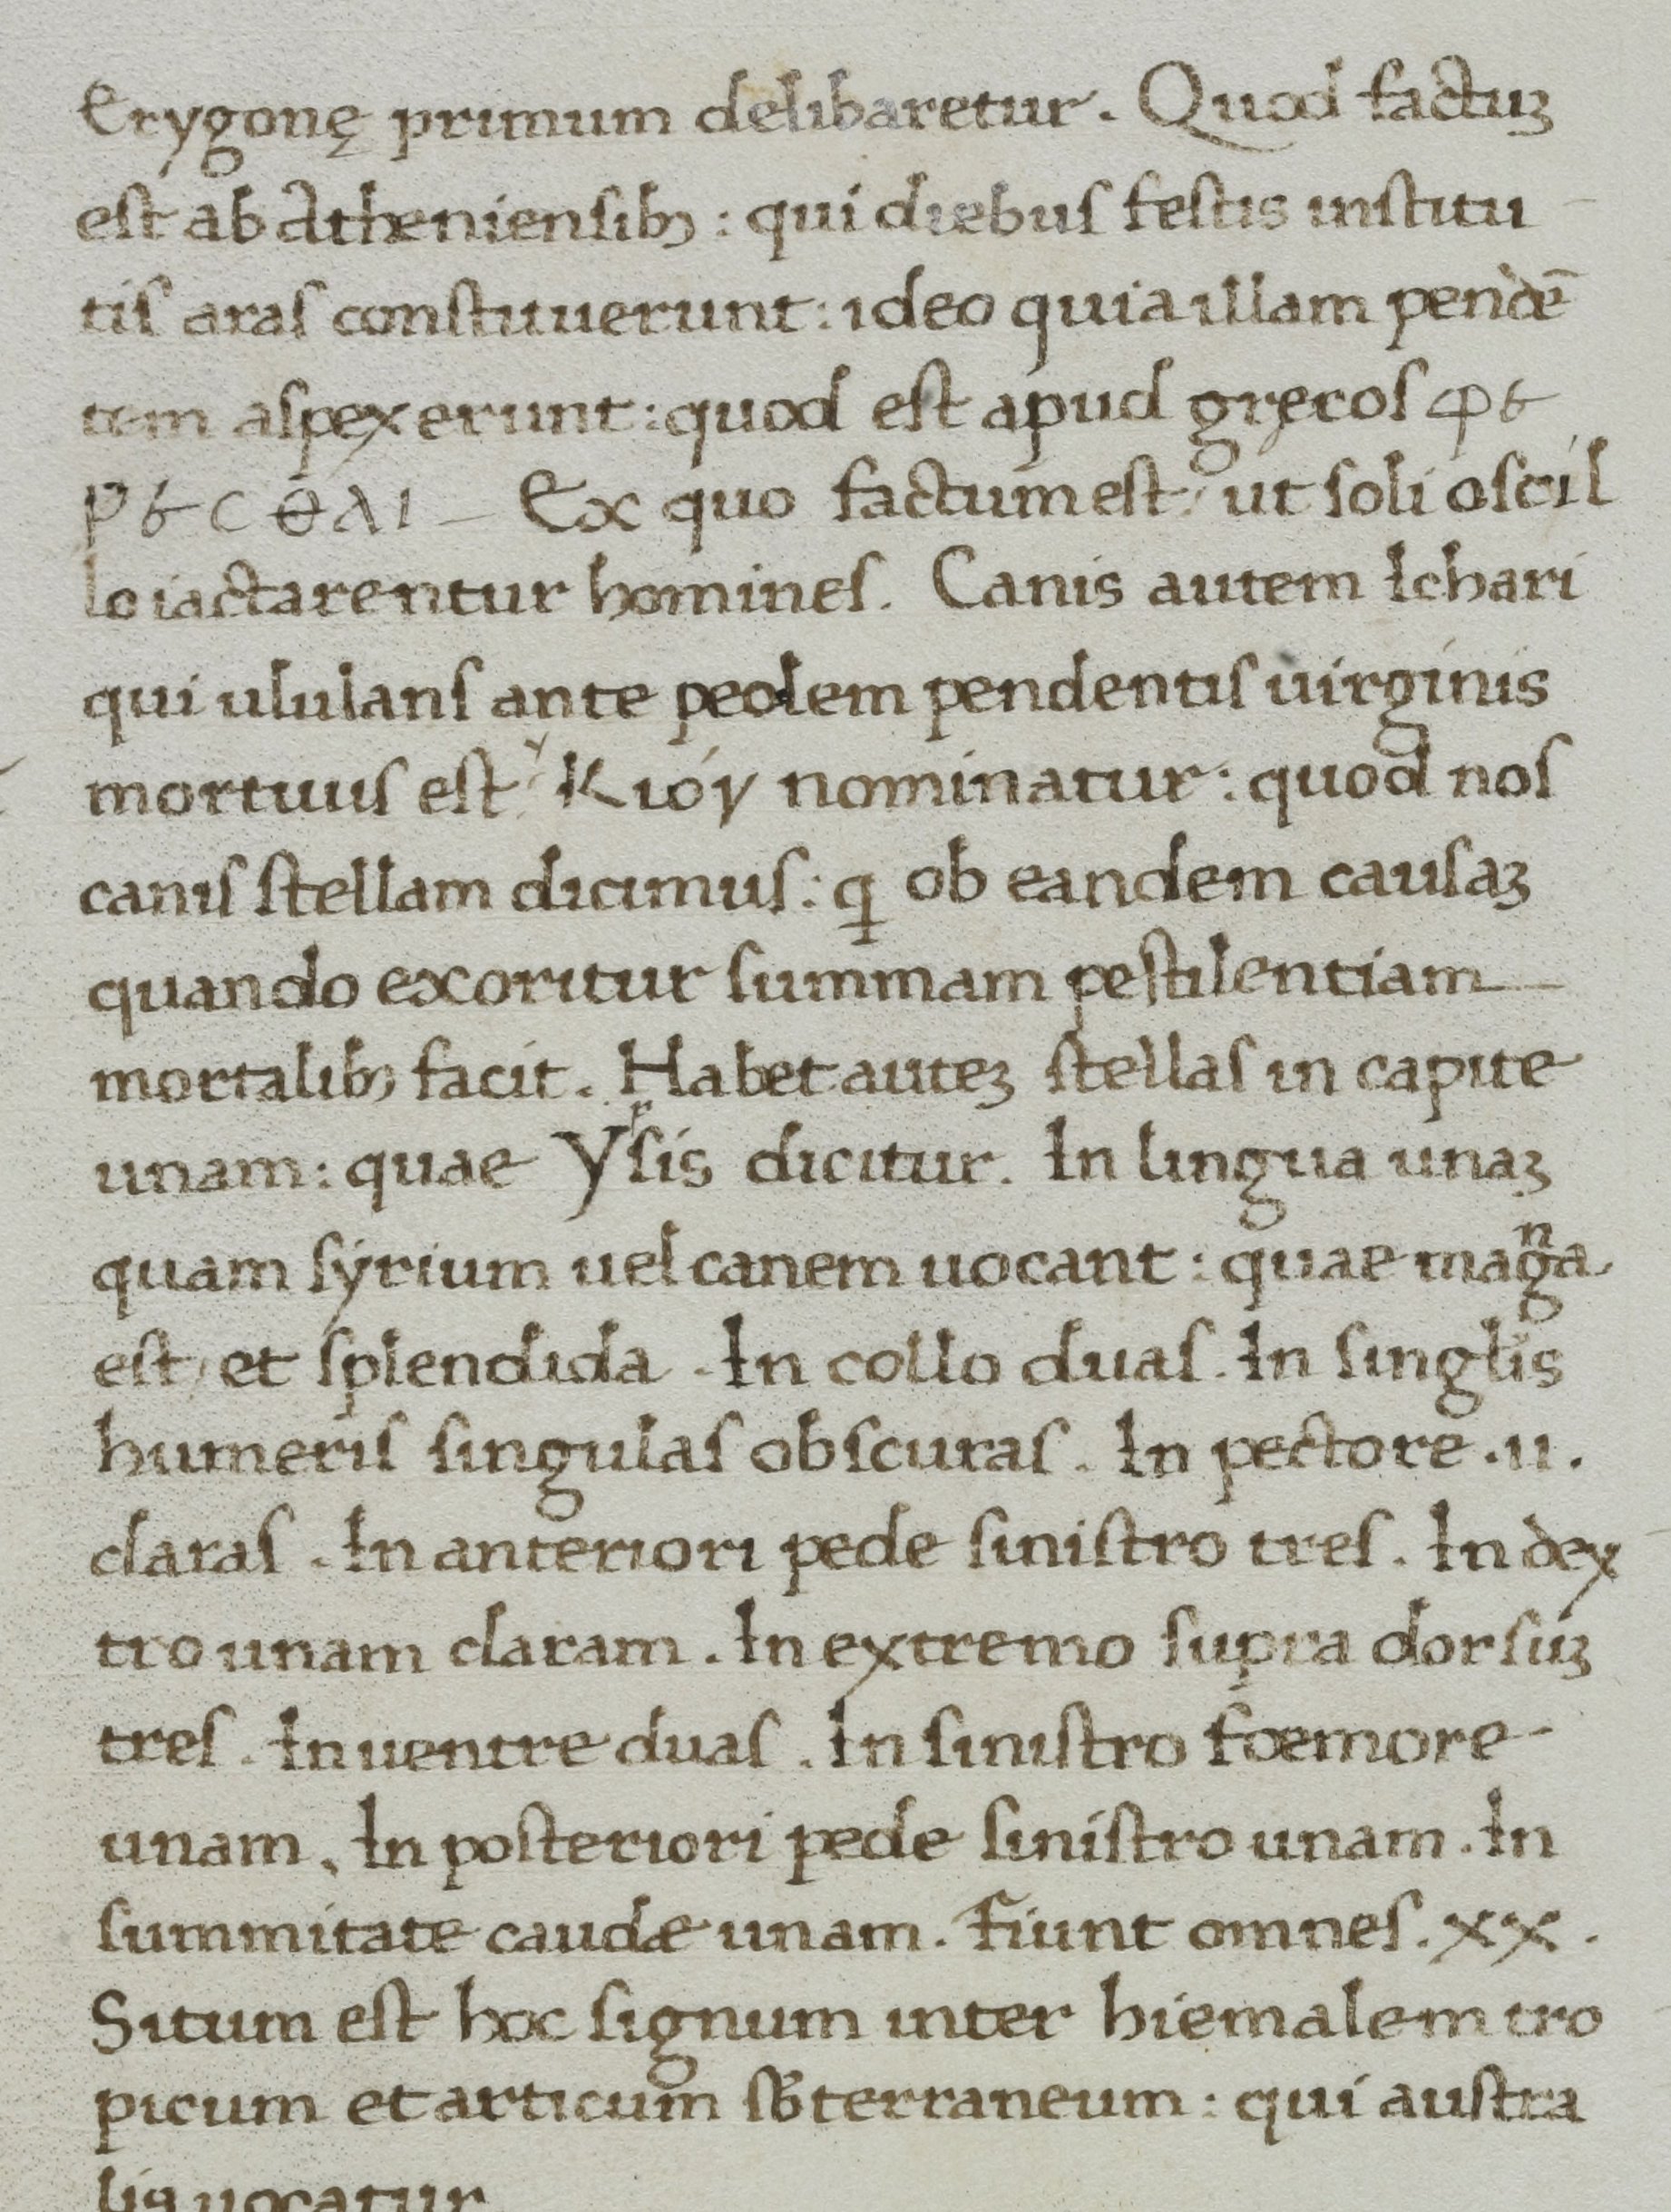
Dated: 1400–1499